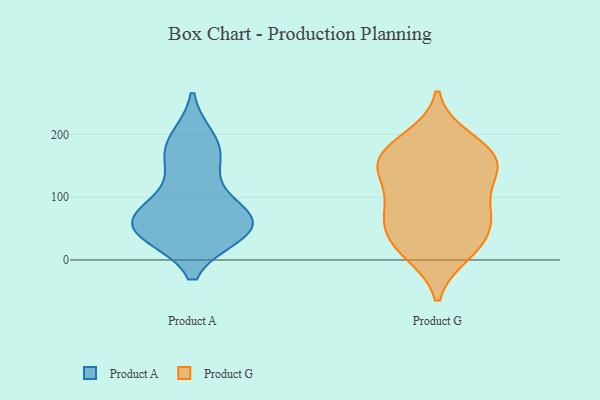
{"axis": {"x": "Net Income (USD K)", "y": "Value"}, "legend": ["Product A", "Product G"], "data": [{"x": "", "y": 157, "type": "Product A"}, {"x": "", "y": 156, "type": "Product A"}, {"x": "", "y": 46, "type": "Product A"}, {"x": "", "y": 193, "type": "Product A"}, {"x": "", "y": 93, "type": "Product A"}, {"x": "", "y": 42, "type": "Product A"}, {"x": "", "y": 71, "type": "Product A"}, {"x": "", "y": 188, "type": "Product A"}, {"x": "", "y": 59, "type": "Product A"}, {"x": "", "y": 51, "type": "Product A"}, {"x": "", "y": 52, "type": "Product A"}, {"x": "", "y": 42, "type": "Product A"}, {"x": "", "y": 81, "type": "Product A"}, {"x": "", "y": 194, "type": "Product G"}, {"x": "", "y": 162, "type": "Product G"}, {"x": "", "y": 11, "type": "Product G"}, {"x": "", "y": 66, "type": "Product G"}, {"x": "", "y": 186, "type": "Product G"}, {"x": "", "y": 101, "type": "Product G"}, {"x": "", "y": 150, "type": "Product G"}, {"x": "", "y": 154, "type": "Product G"}, {"x": "", "y": 85, "type": "Product G"}, {"x": "", "y": 56, "type": "Product G"}, {"x": "", "y": 145, "type": "Product G"}, {"x": "", "y": 76, "type": "Product G"}, {"x": "", "y": 26, "type": "Product G"}, {"x": "", "y": 10, "type": "Product G"}, {"x": "", "y": 135, "type": "Product G"}, {"x": "", "y": 42, "type": "Product G"}, {"x": "", "y": 164, "type": "Product G"}]}